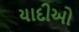
યાદીઓ